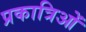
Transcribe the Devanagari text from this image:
प्रकात्रिओं